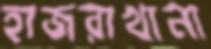
হাজরাখানা